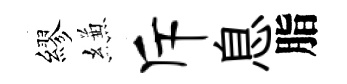
繆縑斥息脂